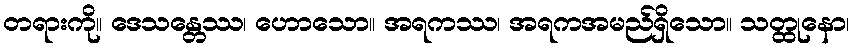
တရားကို။ ဒေသန္တေဿ၊ ဟောသော။ အရကဿ၊ အရကအမည်ရှိသော။ သတ္ထုနော၊